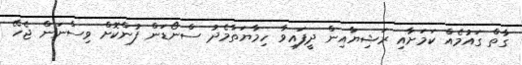
ގާތް ގައުމެއް ކަމަށާއި ރަޝިޔާއިން ދީފައިވާ ހިމާޔަތާމެދު ސްނޯޑަން ފުންކޮށް ވިސްނަން ޖެހޭ